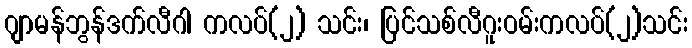
ဂျာမန်ဘွန်ဒက်လီဂါ ကလပ်(၂) သင်း၊ ပြင်သစ်လီဂူးဝမ်းကလပ်(၂)သင်း